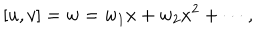
LaTeX: [ u , v ] = w = w _ { 1 } x + w _ { 2 } x ^ { 2 } + \cdots ,